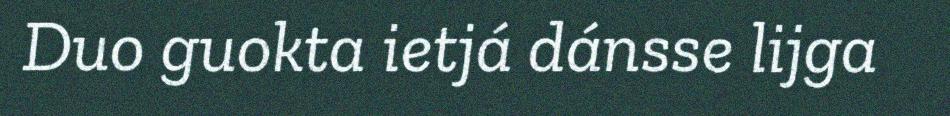
Duo guokta ietjá dánsse lijga